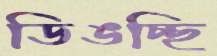
ডিঙচ্ছি